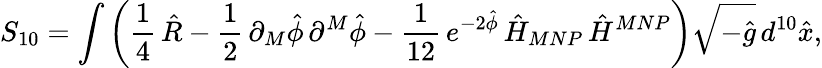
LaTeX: S_{10}=\int\left(\frac{1}{4}\, \hat{R}-\frac{1}{2}\, \partial_{M}\hat{\phi}\, \partial^{M}\hat{\phi}-\frac{1}{12}\, e^{-2\hat{\phi}}\, \hat{H}_{MNP}\, \hat{H}^{MNP}\right)\sqrt{-\hat{g}}\, d^{10}\hat{x},